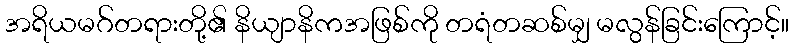
အရိယမဂ်တရားတို့၏ နိယျာနိကအဖြစ်ကို တရံတဆစ်မျှ မလွန်ခြင်းကြောင့်။